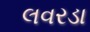
લવરડા